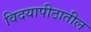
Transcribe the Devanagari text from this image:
विदयापीठातील